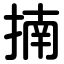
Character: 揇